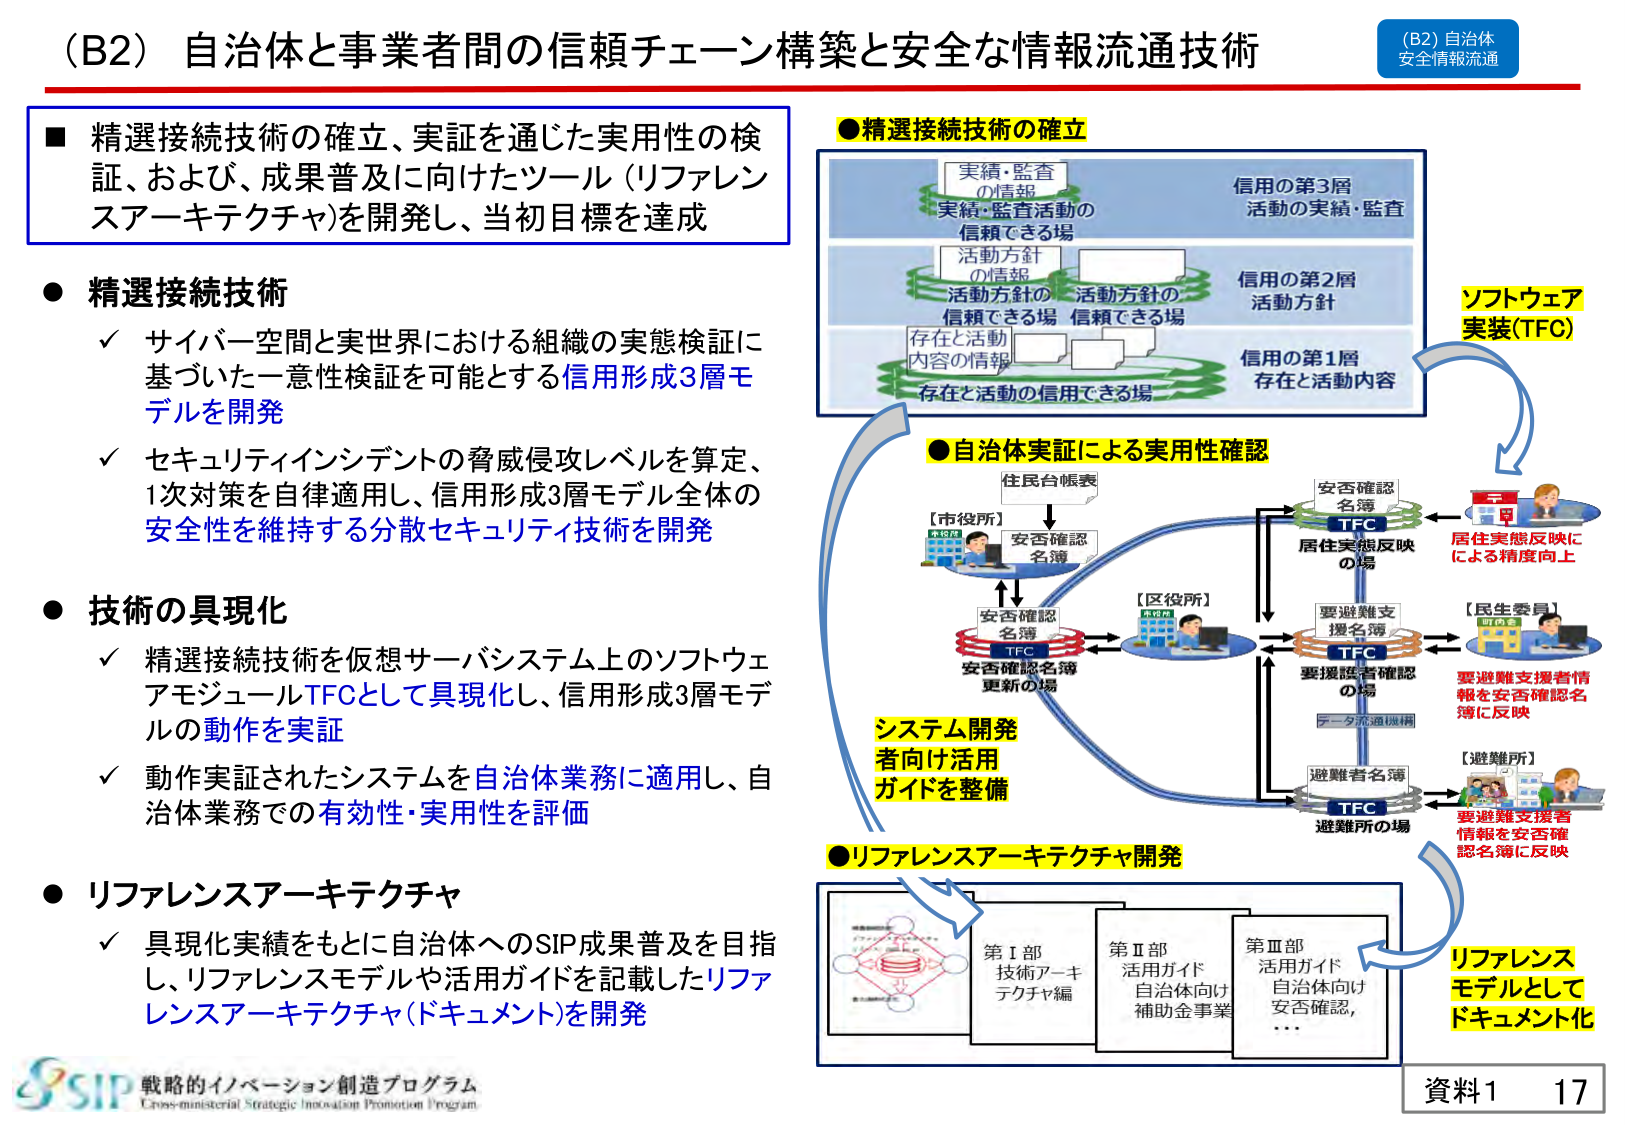
(B2) 自治体と事業者間の信頼チェーン構築と安全な情報流通技術

■ 精選接続技術の確立、実証を通じた実用性の検証、および、成果普及に向けたツール（リファレンスアーキテクチャ）を開発し、当初目標を達成

● 精選接続技術
✓ サイバー空間と実世界における組織の実態検証に基づいた一意性検証を可能とする信用形成3層モデルを開発
✓ セキュリティインシデントの脅威侵攻レベルを算定、1次対策を自律適用し、信用形成3層モデル全体の安全性を維持する分散セキュリティ技術を開発

● 技術の具現化
✓ 精選接続技術を仮想サーバシステム上のソフトウェアモジュールTFCとして具現化し、信用形成3層モデルの動作を実証
✓ 動作実証されたシステムを自治体業務に適用し、自治体業務での有効性・実用性を評価

● リファレンスアーキテクチャ
✓ 具現化実績をもとに自治体へのSIP成果普及を目指し、リファレンスモデルや活用ガイドを記載したリファレンスアーキテクチャ（ドキュメント）を開発

●精選接続技術の確立
実績・監査
の情報
実績・監査活動の
信頼できる場
信用の第3層
活動の実績・監査

活動方針
の情報
活動方針の
信頼できる場
活動方針の
信頼できる場
信用の第2層
活動方針

存在と活動
内容の情報
存在と活動の信用できる場
信用の第1層
存在と活動内容

●自治体実証による実用性確認
住民台帳表
【市役所】
安否確認
名簿
安否確認
名簿
TFC
安否確認名簿
更新の場
【区役所】
安否確認
名簿
TFC
居住実態反映
の場
要避難支
援名簿
TFC
要援護者確認
の場
データ流通機構
【民生委員】
要避難支援者情報
を安否確認名簿に反映
避難者名簿
TFC
避難所の場
【避難所】
要避難支援者情報
を安否確認名簿に反映

ソフトウェア
実装(TFC)

システム開発
者向け活用
ガイドを整備

●リファレンスアーキテクチャ開発
第Ⅰ部
技術アーキテクチャ編
第Ⅱ部
活用ガイド
自治体向け
補助金事業
第Ⅲ部
活用ガイド
自治体向け
安否確認，
…

リファレンス
モデルとして
ドキュメント化

(B2) 自治体
安全情報流通

資料1 17

戦略的イノベーション創造プログラム
Cross-ministerial Strategic Innovation Promotion Program